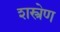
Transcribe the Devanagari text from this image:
शस्त्रेण